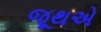
જૂથએ